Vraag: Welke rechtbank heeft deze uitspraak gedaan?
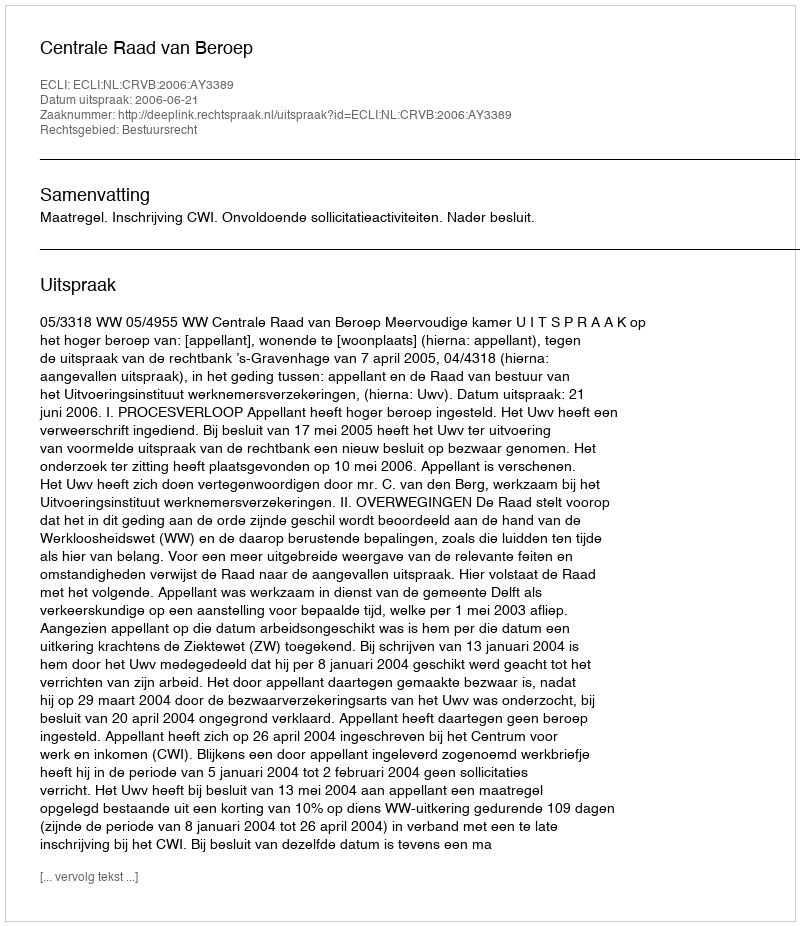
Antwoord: Centrale Raad van Beroep